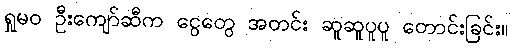
ရှုမဝ ဦးကျော်ဆီက ငွေတွေ အတင်း ဆူဆူပူပူ တောင်းခြင်း။